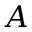
A